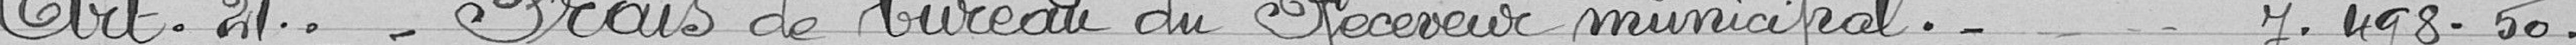
Art 21 : Frais de bureau du Receveur Municipal : ....... 7.498,50 francs